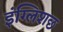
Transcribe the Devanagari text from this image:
इंग्लिशछ